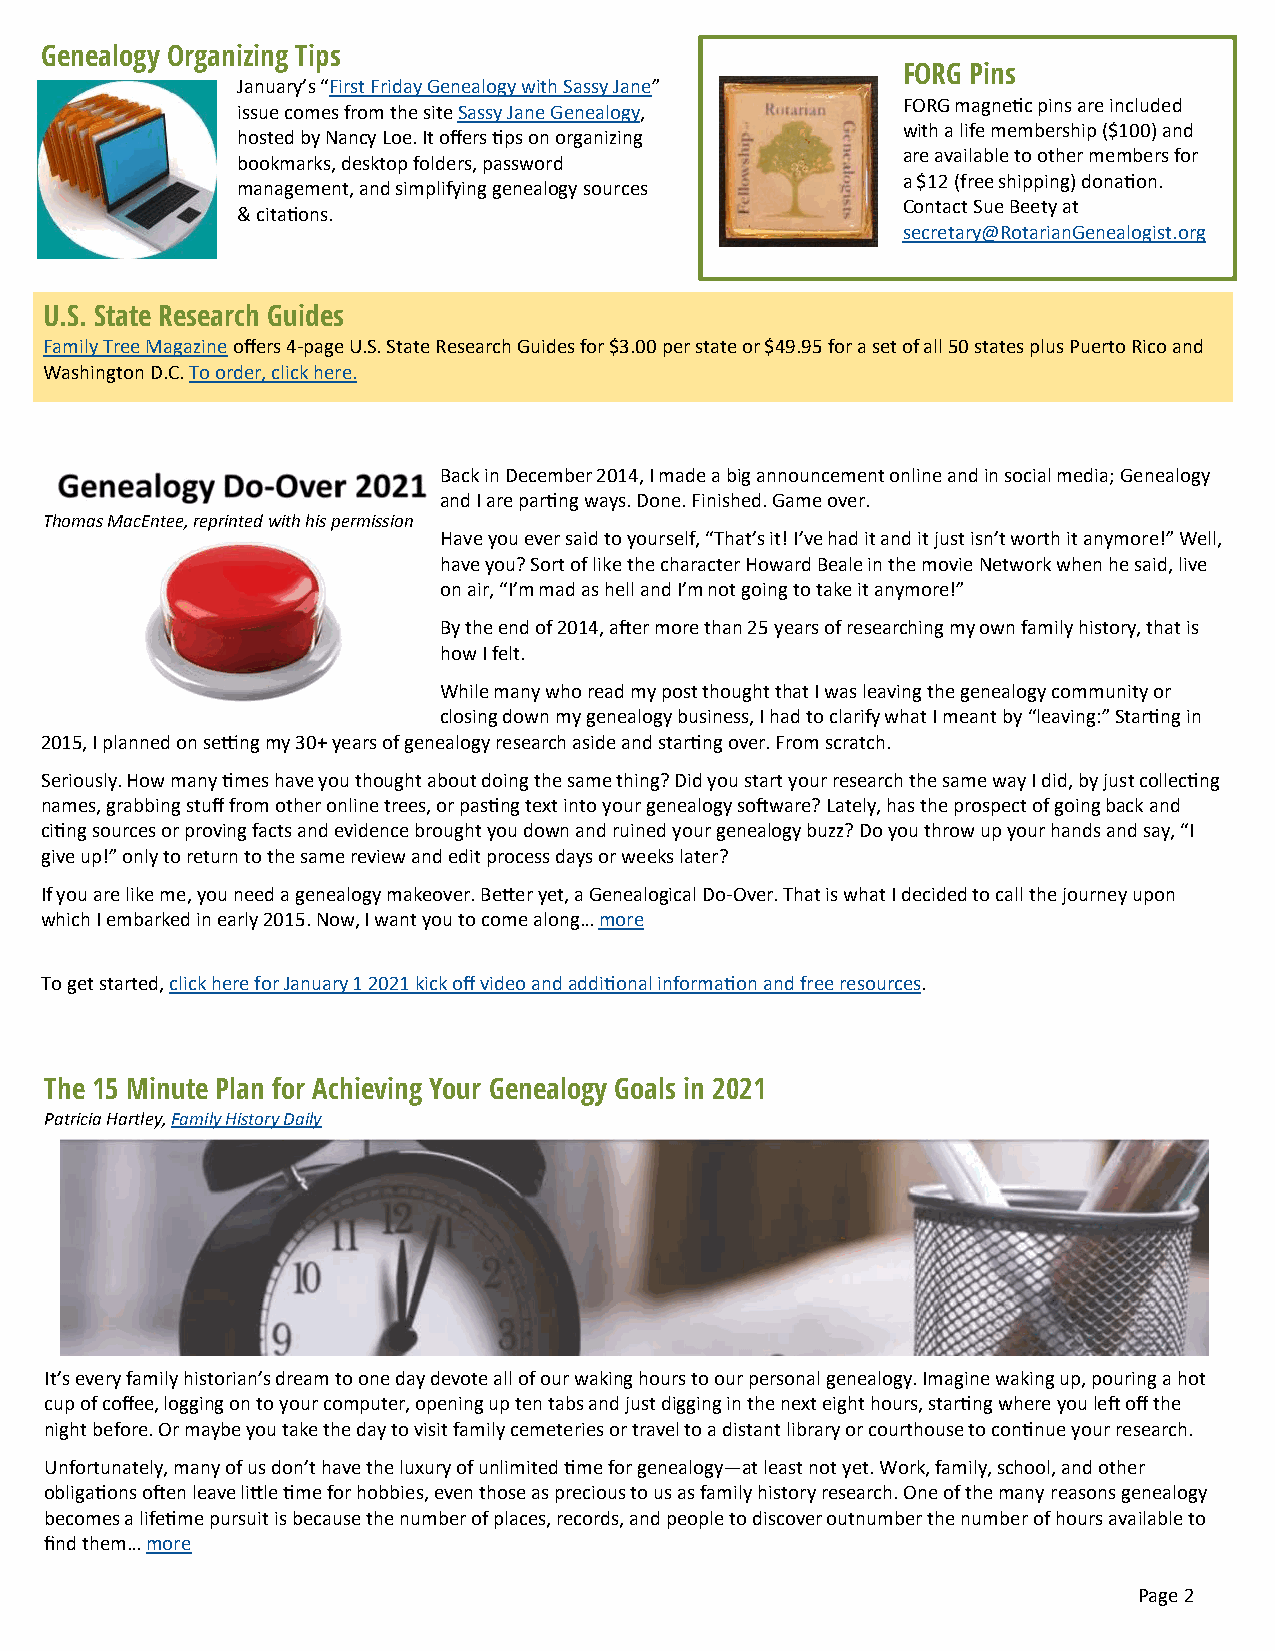
Gen ealogy Organizing Tips
 FORG Pins
 January’s “First Friday Genealogy with Sassy Jane”
 FORG magnetic pins are included
 issue comes from the site Sassy Jane Genealogy,
 with a life membership ($100) and
 hosted by Nancy Loe. It offers tips on organizing
 are available to other members for
 bookmarks, desktop folders, password
 a $12 (free shipping) donation.
 management, and simplifying genealogy sources
 Contact Sue Beety at
 & citations.
 secretary@RotarianGenealogist.org
 U.S. State Research Guides
 Family Tree Magazine offers 4-page U.S. State Research Guides for $3.00 per state or $49.95 for a set of all 50 states plus Puerto Rico and
 Washington D.C. To order, click here.
 Back in December 2014, I made a big announcement online and in social media; Genealogy
 and I are parting ways. Done. Finished. Game over.
 Thomas MacEntee, reprinted with his permission
 Have you ever said to yourself, “That’s it! I’ve had it and it just isn’t worth it anymore!” Well,
 have you? Sort of like the character Howard Beale in the movie Network when he said, live
 on air, “I’m mad as hell and I’m not going to take it anymore!”
 By the end of 2014, after more than 25 years of researching my own family history, that is
 how I felt.
 While many who read my post thought that I was leaving the genealogy community or
 closing down my genealogy business, I had to clarify what I meant by “leaving:” Starting in
 2015, I planned on setting my 30+ years of genealogy research aside and starting over. From scratch.
 Seriously. How many times have you thought about doing the same thing? Did you start your research the same way I did, by just collecting
 names, grabbing stuff from other online trees, or pasting text into your genealogy software? Lately, has the prospect of going back and
 citing sources or proving facts and evidence brought you down and ruined your genealogy buzz? Do you throw up your hands and say, “I
 give up!” only to return to the same review and edit process days or weeks later?
 If you are like me, you need a genealogy makeover. Better yet, a Genealogical Do-Over. That is what I decided to call the journey upon
 which I embarked in early 2015. Now, I want you to come along… more
 To get started, click here for January 1 2021 kick off video and additional information and free resources.
 The 15 Minute Plan for Achieving Your Genealogy Goals in 2021
 Patricia Hartley, Family History Daily
 It’s every family historian’s dream to one day devote all of our waking hours to our personal genealogy. Imagine waking up, pouring a hot
 cup of coffee, logging on to your computer, opening up ten tabs and just digging in the next eight hours, starting where you left off the
 night before. Or maybe you take the day to visit family cemeteries or travel to a distant library or courthouse to continue your research.
 Unfortunately, many of us don’t have the luxury of unlimited time for genealogy—at least not yet. Work, family, school, and other
 obligations often leave little time for hobbies, even those as precious to us as family history research. One of the many reasons genealogy
 becomes a lifetime pursuit is because the number of places, records, and people to discover outnumber the number of hours available to
 find them… more
 Page 2